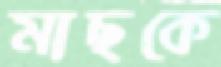
মাছকে